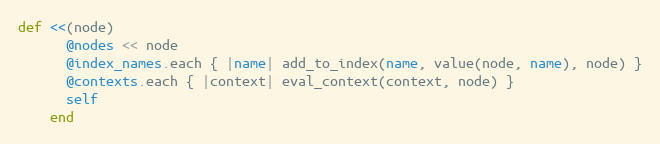
Language: Ruby
def <<(node)
      @nodes << node
      @index_names.each { |name| add_to_index(name, value(node, name), node) }
      @contexts.each { |context| eval_context(context, node) }
      self
    end